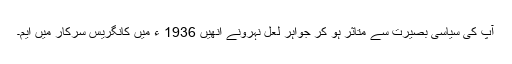
آپ کی سیاسی بصیرت سے متاثر ہو کر جواہر لعل نہرونے انھیں 1936 ء میں کانگریس سرکار میں ایم۔